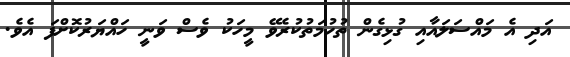
އަދި އެ މައްސަލައާއި ގުޅިގެން ތުހުމަތުކުރެވޭ މީހަކު ވެސް ވަނީ ހައްޔަރުކޮށްފަ އެވެ.